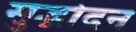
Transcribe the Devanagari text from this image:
सुद्धोदन